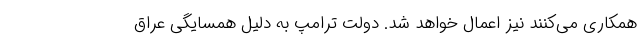
همکاری می‌کنند نیز اعمال خواهد شد. دولت ترامپ به دلیل همسایگی عراق